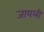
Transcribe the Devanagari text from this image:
जायली